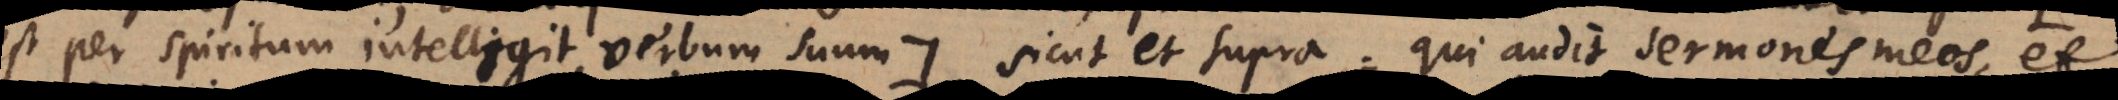
est per spiritum intelligit, verbum suum:). Sicut et supra: qui audit sermones meos, et